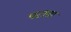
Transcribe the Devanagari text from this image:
पटाता